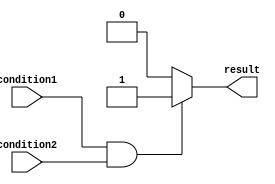
module if_else_statement(
    input wire condition1,
    input wire condition2,
    output reg result
);

always @(*)
begin
    if (condition1 && condition2) begin
        // Code inside the if block
        result <= 1'b1;
    end
    else begin
        // Code inside the else block
        result <= 1'b0;
    end
end

endmodule